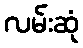
လမ်းဆုံ